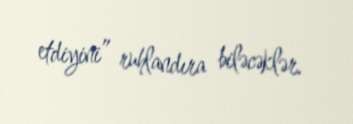
etdiyini” ruhlandıra biləcəklər.